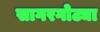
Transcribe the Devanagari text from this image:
सागरगोट्या